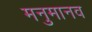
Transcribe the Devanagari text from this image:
मनुमानव